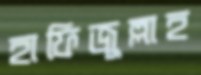
হাফিজুল্লাহ